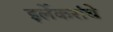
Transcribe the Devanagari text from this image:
इर्लेकरांचे